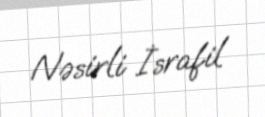
Nəsirli İsrafil